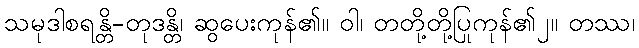
သမုဒါစရန္တိ-တုဒန္တိ၊ ဆွပေးကုန်၏။ ဝါ၊ တတို့တို့ပြုကုန်၏၂။ တဿ၊